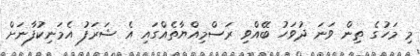
މި މަހުގެ ތިން ވަނަ ދުވަހު ބޭއްވި ރަސްމިއްޔާތެއްގައި އެ ޝަރަފު އެމަނިކުފާނަށް